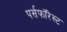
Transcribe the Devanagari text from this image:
पर्सफॉरेस्ट